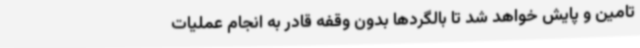
تامین و پایش خواهد شد تا بالگردها بدون وقفه قادر به انجام عملیات